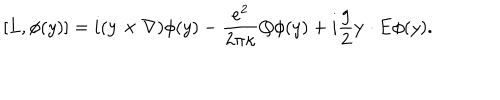
\lbrack L , \phi ( y ) ] = i ( { \bf y } \times { \bf \nabla } ) \phi ( y ) - \frac { e ^ { 2 } } { 2 \pi \kappa } Q \phi ( y ) + i \frac g 2 { \bf y \cdot E } \phi ( y ) .